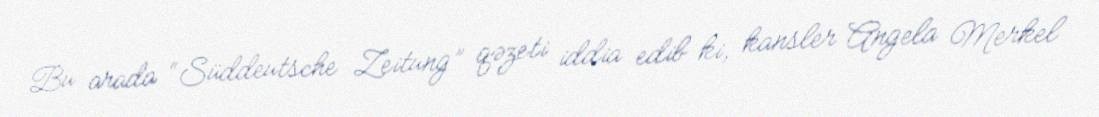
Bu arada “Süddeutsche Zeitung” qəzeti iddia edib ki, kansler Angela Merkel